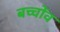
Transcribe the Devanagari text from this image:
बच्चोंव